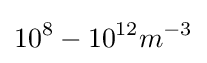
{10^{8}-10^{12}m^{-3}}